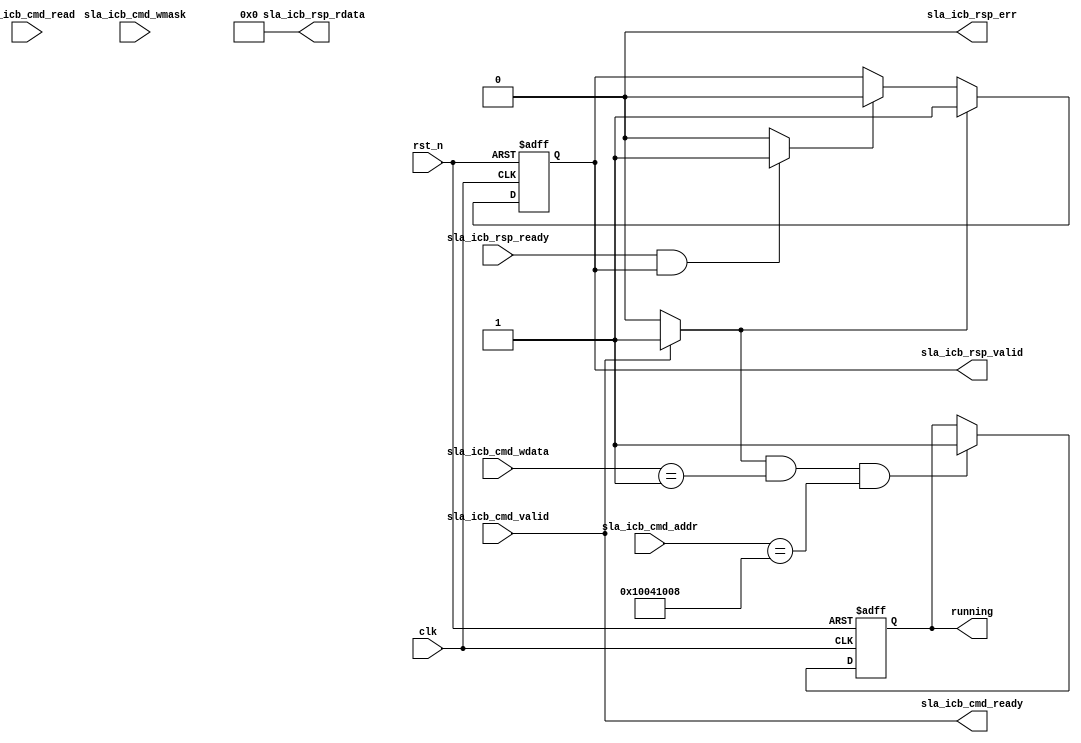
module icb_ctrl_sla(
	input 			clk ,
	input			rst_n ,
	// icb port
	input			sla_icb_cmd_valid ,
	output			sla_icb_cmd_ready ,
	input [31:0]	sla_icb_cmd_addr  ,
	input			sla_icb_cmd_read  ,
	input [31:0]	sla_icb_cmd_wdata ,
	input [3:0]		sla_icb_cmd_wmask ,
	input			sla_icb_rsp_ready ,
	output reg		sla_icb_rsp_valid ,
	output [31:0]	sla_icb_rsp_rdata ,
	output			sla_icb_rsp_err   ,
	// accelator port
	output reg		running

);
    localparam [31:0] START_ADDR = 32'h1004_1008;
	wire sla_icb_cmd_handshake ;
	wire sla_icb_rsp_handshake ;
	
	assign sla_icb_cmd_ready = sla_icb_cmd_valid ;
	assign sla_icb_cmd_handshake = (sla_icb_cmd_ready&&sla_icb_cmd_valid)? 1'b1 : 1'b0 ;
	assign sla_icb_rsp_handshake = (sla_icb_rsp_ready&&sla_icb_rsp_valid)? 1'b1 : 1'b0 ;
	
	assign sla_icb_rsp_err = 1'b0 ;
	assign sla_icb_rsp_rdata = 32'h0 ;

	always@(posedge clk or negedge rst_n)
	begin
		if(!rst_n)
			running <= 1'b0 ;
		else
			begin
				if(sla_icb_cmd_handshake && (sla_icb_cmd_wdata == 32'h00000001) && (sla_icb_cmd_addr==START_ADDR))
					begin
                                        $display("***********************acc start*****************************");
                                        running <= 1'b1 ;
                                        end
				else
					running <= running ;
			end
	end
	
	always@(posedge clk or negedge rst_n)
	begin
		if(!rst_n)
			sla_icb_rsp_valid <= 1'b0 ;
		else
			begin
				if(sla_icb_cmd_handshake)
					sla_icb_rsp_valid <= 1'b1 ;
				else
					begin
						if(sla_icb_rsp_handshake)
							sla_icb_rsp_valid <= 1'b0 ;
						else
							sla_icb_rsp_valid <= sla_icb_rsp_valid ;
					end
			end
	end


endmodule